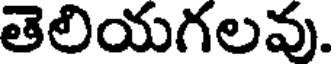
తెలియగలవు.